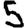
Digit: 5